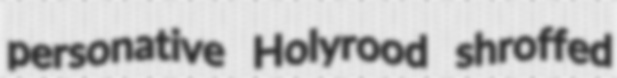
personative Holyrood shroffed